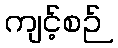
ကျင့်စဉ်